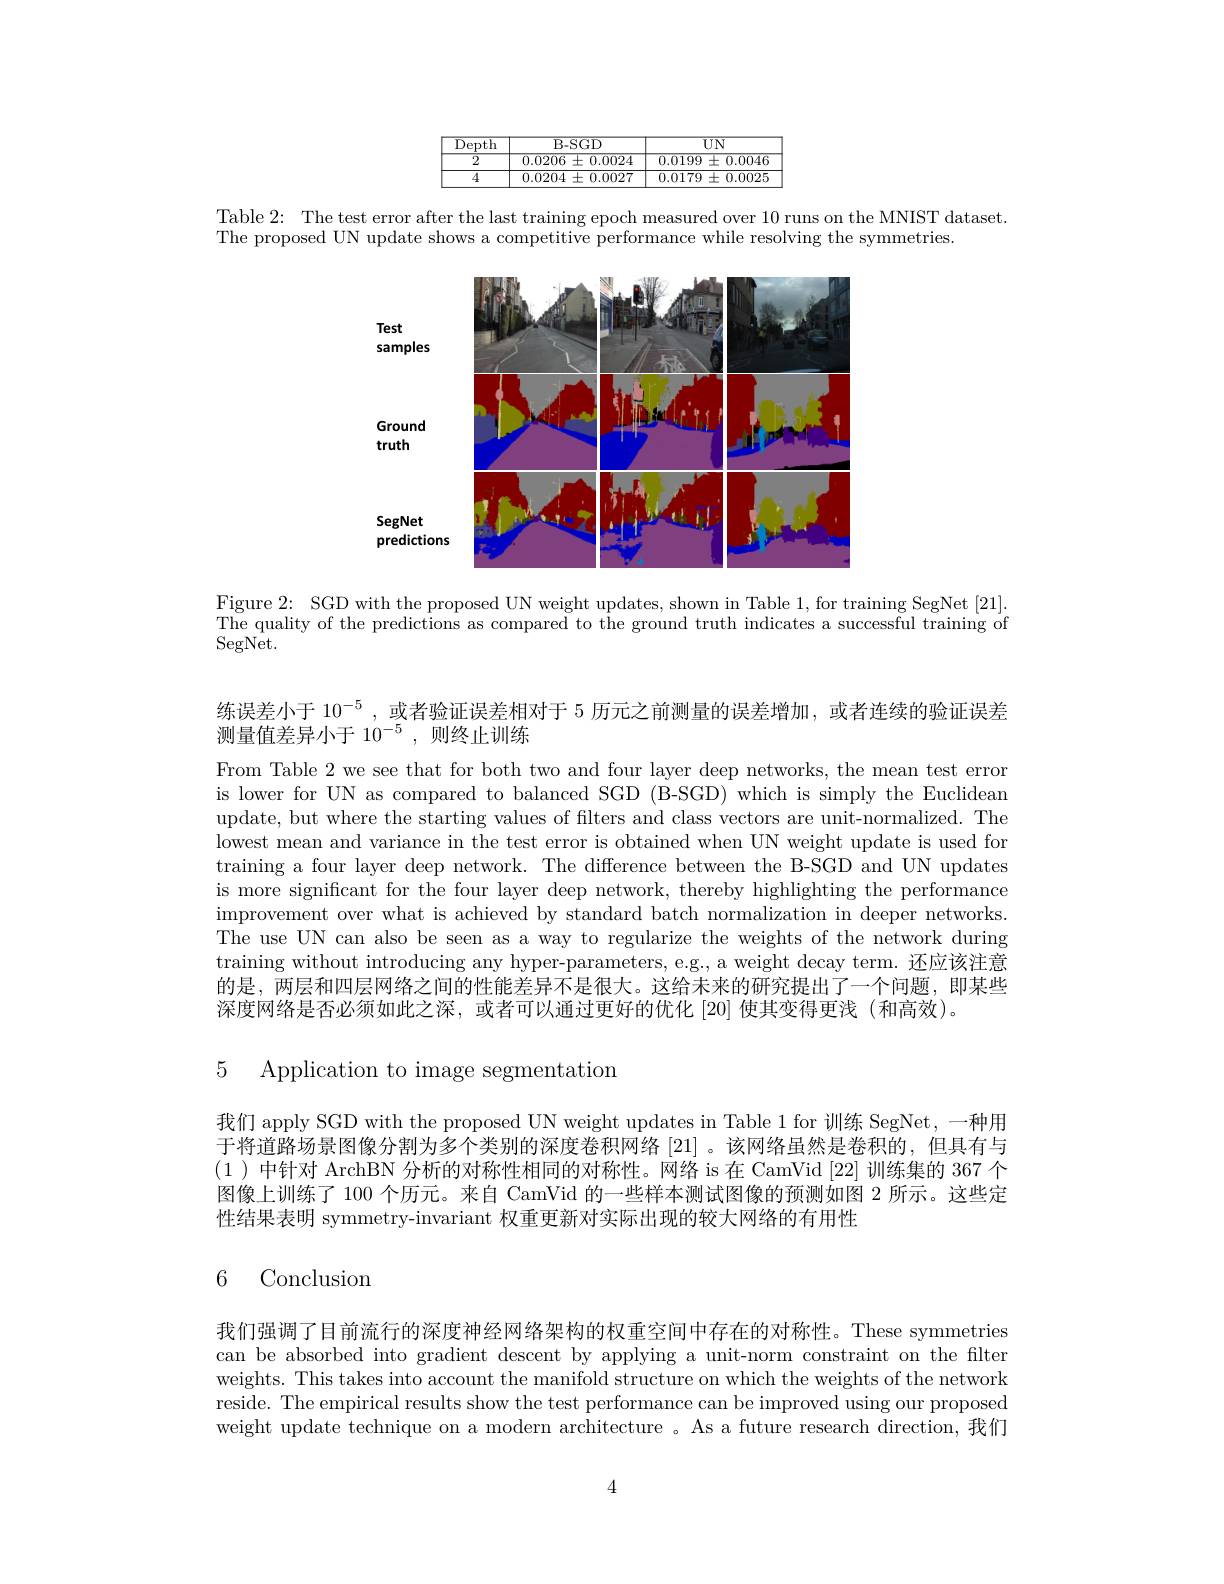
<FigureHere>

Table 2: The test error after the last training epoch measured over 10 runs on the MNIST dataset.

The proposed UN update shows a competitive performance while resolving the symmetries.

<FigureHere>

Figure 2: SGD with the proposed UN weight updates, shown in Table 1, for training SegNet [21]. The quality of the predictions as compared to the ground truth indicates a successful training of $\operatorname{SegNet}.$

练误差小于$10^{-5}$ , 或者验证误差相对于 5 历元之前测量的误差增加 , 或者连续的验证误差
测量值差异小于 10$^{-5}$,则终止训练

From Table 2 we see that for both two and four layer deep networks, the mean test error is lower for UN as compared to balanced SGD (B-SGD) which is simply the Euclidean update, but where the starting values of filters and class vectors are unit-normalized. The lowest mean and variance in the test error is obtained when UN weight update is used for training a four layer deep network. The difference between the B-SGD and UN updates is more significant for the four layer deep network, thereby highlighting the performance improvement over what is achieved by standard batch normalization in deeper networks. The use UN can also be seen as a way to regularize the weights of the network during training without introducing any hyper-parameters, e.g., a weight decay term. 还应该注意的是，两层和四层网络之间的性能差异不是很大。这给未来的研究提出了一个问题，即某些深度网络是否必须如此之深，或者可以通过更好的优化 [20] 使其变得更浅 (和高效)。

5 Application to image segmentation

我们 apply SGD with the proposed UN weight updates in Table 1 for 训练 SegNet, 一种用于将道路场景图像分割为多个类别的深度卷积网络 [21] 。该网络虽然是卷积的，但具有与(1)中针对 ArchBN 分析的对称性相同的对称性。网络 is 在 CamVid [22] 训练集的 367 个图像上训练了 100 个历元。来自 CamVid 的一些样本测试图像的预测如图 2 所示。这些定性结果表明 symmetry-invariant 权重更新对实际出现的较大网络的有用性

6 Conclusion

我们强调了目前流行的深度神经网络架构的权重空间中存在的对称性。These symmetries can be absorbed into gradient descent by applying a unit-norm constraint on the filter weights. This takes into account the manifold structure on which the weights of the network reside. The empirical results show the test performance can be improved using our proposed weight update technique on a modern architecture 。As a future research direction,我们

4